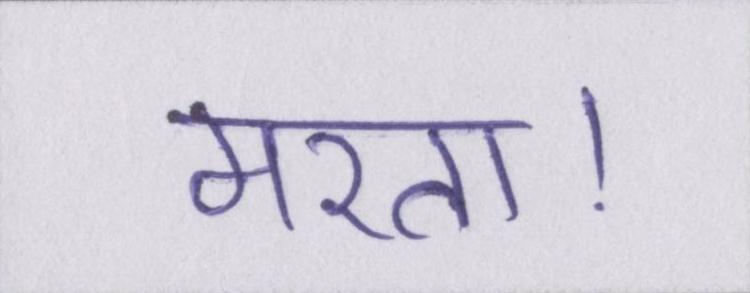
मरता।